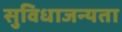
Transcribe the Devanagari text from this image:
सुविधाजन्यता